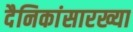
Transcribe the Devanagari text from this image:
दैनिकांसारख्या